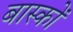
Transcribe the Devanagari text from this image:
बास्कों